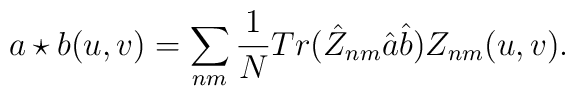
a\star b(u,v)=\sum_{nm}\frac{1}{N}Tr(\hat{Z}_{nm}\hat{a}\hat{b})Z_{nm}(u,v).